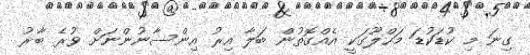
ގިނަ މި ކުޑަކުޑަ މަހްލޫގަކީ އެއްްގޮތުން ބަލާ އިރު އިންސާނުންނަށް ވުރެ ބާރު